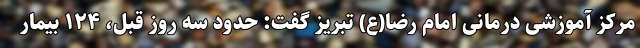
مرکز آموزشی درمانی امام رضا(ع) تبریز گفت: حدود سه روز قبل، ۱۲۴ بیمار